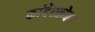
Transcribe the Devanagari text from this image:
कांदेस्तोबर